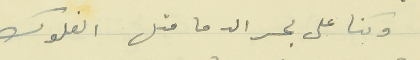
وكنا على بحر الدما متل الفلوك